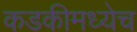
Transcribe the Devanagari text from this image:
कडकीमध्येच